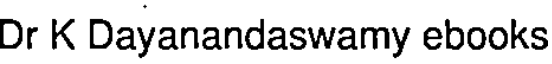
Dr K Dayanandaswamy ebooks